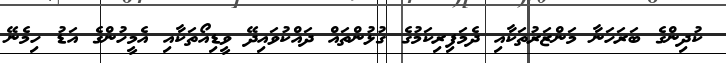
ކުދިންގެ ބަރަހަނާ މަންޒަރުތަކާއި ދެމަފިރިކަމުގެ ގުޅުންތައް ދައްކުވައިދޭ ވީޑިއޯތަކާއި އެމީހުންގެ އަޑު ހިމެނޭ